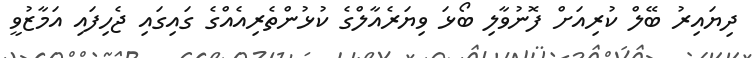
ދިޔައިރު ބޭލް ކުރިއަށް ފޮނުވާލި ބޯޅަ ވިޔަރެއާލްގެ ކުޅުންތެރިއެއްގެ ގައިގައި ޖެހިފައި އަމާޒުވީ